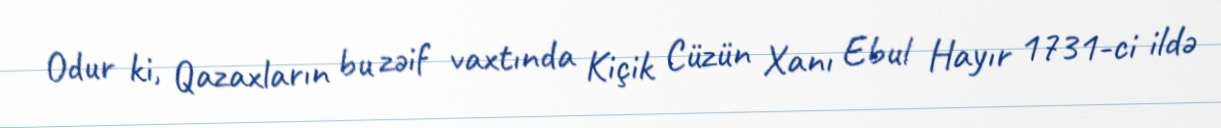
Odur ki, Qazaxların bu zəif vaxtında Kiçik Cüzün Xanı Ebul Hayır 1731-ci ildə